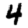
Digit: 4